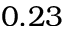
0 . 2 3